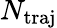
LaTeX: N_{\mathrm{traj}}